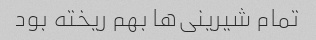
تمام شیرینی‌ها بهم ریخته بود